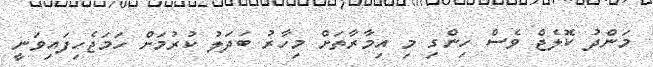
މަންދު ކޮލެޖް ވެސް ހިންގި މި އިމާރާތަށް މިހާރު ބަދަލު ކުރުމަށް ހަމަޖެހިފައިވަނީ